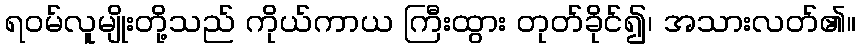
ရဝမ်လူမျိုးတို့သည် ကိုယ်ကာယ ကြီးထွား တုတ်ခိုင်၍၊ အသားလတ်၏။